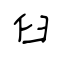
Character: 臼